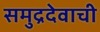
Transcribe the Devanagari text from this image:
समुद्रदेवाची